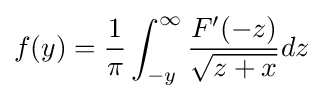
f(y)={\frac {1}{\pi }}\int _{-y}^{\infty }{\frac {F'(-z)}{\sqrt {z+x}}}dz